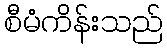
စီမံကိန်းသည်